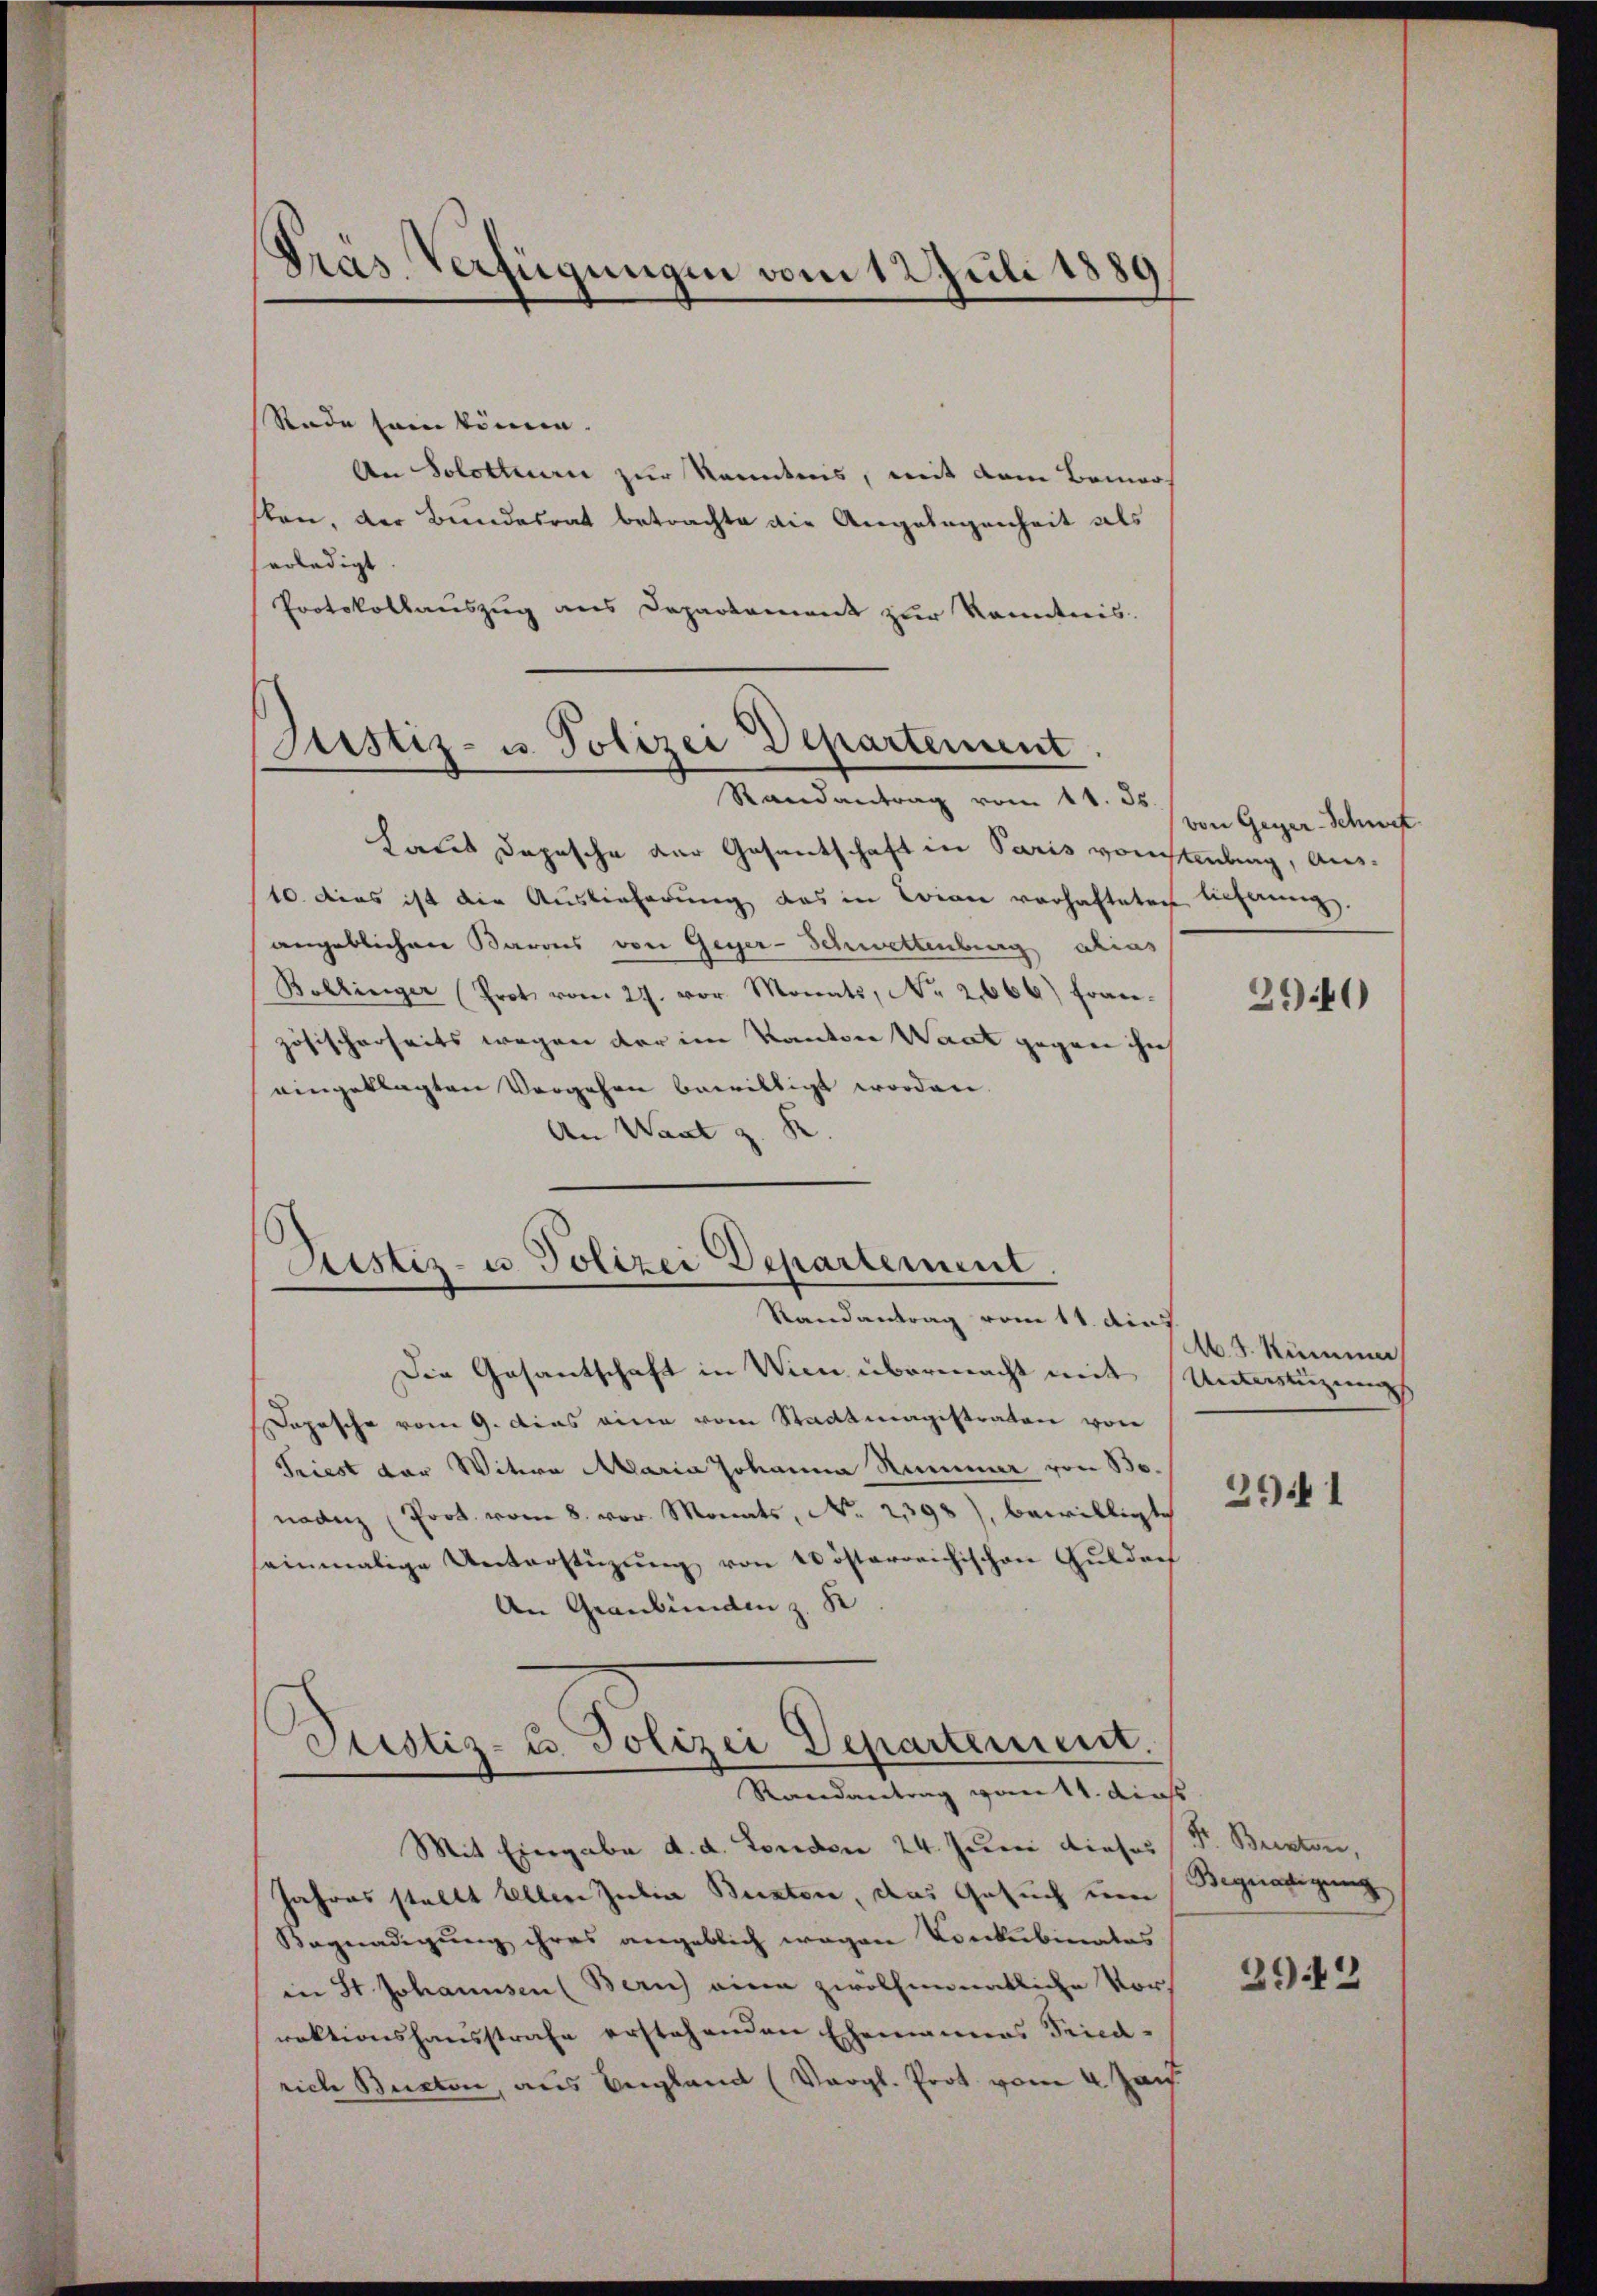
§
sras. Verfügungen vom 12 Juli 1889

Rade sein können.
An Solotterie zur Kenntnis, mit dem Bemer
sten, der Bundesrat betrachte die Angelegenheit als
erledigt.
Protokollauszug aus Departement zur Kenntnis.

Hares Depesche der Gesantschaft in Paris vonstindung, Aus¬
10. dies ist die Auslieferung das in Trian vorhafteten lichung.
angeblichen Barons von Geger-Schwettenburg alias
Bollinger (Prot. vom 27. vor. Monats, No. 2066) Fracezösischerseits wegen der im Kanton Wart gegen ihn
eingeklagten Vergehen bewilligt worden.
An Wart z. B

Justiz- u. Polizei Departement
Randantrag vom 11. Js.

Sistiz- u. Polizei Departement.
Randantrag vom 11. Aus

Mit Eingabe d. d. Forden 24. Juni dieses
Jahres stellt selben Julia Buktore, das Gesuch um
Begnadigung ihres angeblich wegen Konkubinates
in St. Johannsen (Bern eine zwölfmonatliche Vor-
rektionshausstrafe erstehenden Ehemannes Trica-
rich Beston, aus England (Vergl. Prot. vom 4. Jan.

Die Gesantschaft in Wien übermacht mit Unterstüzungs
Depesche vom 9. dies eine vom Stadtmagistraten von
Triest der Witwe Maria Johanna Nummer von B.
naden Prot. vom 8. vor. Monats, No. 21398), bewilligte
seinmalige Unterstüzung von Kösterreichischen Guldref
An Graubünden z. R

Justiz-C. Polizei Departement.
Randantrag vom 11. dies

von Geger-Schwef

29.40

M. v. Kumme

29 1

Fr. Beisten,
Begnadigung

2942